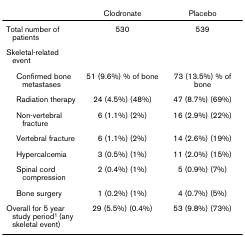
<table><thead><tr><td></td><td><b>Clodronate</b></td><td><b>Placebo</b></td></tr></thead><tbody><tr><td>Total number of patients</td><td>530</td><td>539</td></tr><tr><td>Skeletal-related event</td><td></td><td></td></tr><tr><td> Confirmed bone metastases</td><td>51 (9.6%) % of bone</td><td>73 (13.5%) % of bone</td></tr><tr><td> Radiation therapy</td><td>24 (4.5%) (48%)</td><td>47 (8.7%) (69%)</td></tr><tr><td> Non-vertebral fracture</td><td>6 (1.1%) (2%)</td><td>16 (2.9%) (22%)</td></tr><tr><td> Vertebral fracture</td><td>6 (1.1%) (2%)</td><td>14 (2.6%) (19%)</td></tr><tr><td> Hypercalcemia</td><td>3 (0.5%) (1%)</td><td>11 (2.0%) (15%)</td></tr><tr><td> Spinal cord compression</td><td>2 (0.4%) (1%)</td><td>5 (0.9%) (7%)</td></tr><tr><td> Bone surgery</td><td>1 (0.2%) (1%)</td><td>4 (0.7%) (5%)</td></tr><tr><td>Overall for 5 year study period<sup>1 </sup>(any skeletal event)</td><td>29 (5.5%) (0.4%)</td><td>53 (9.8%) (73%)</td></tr></tbody></table>